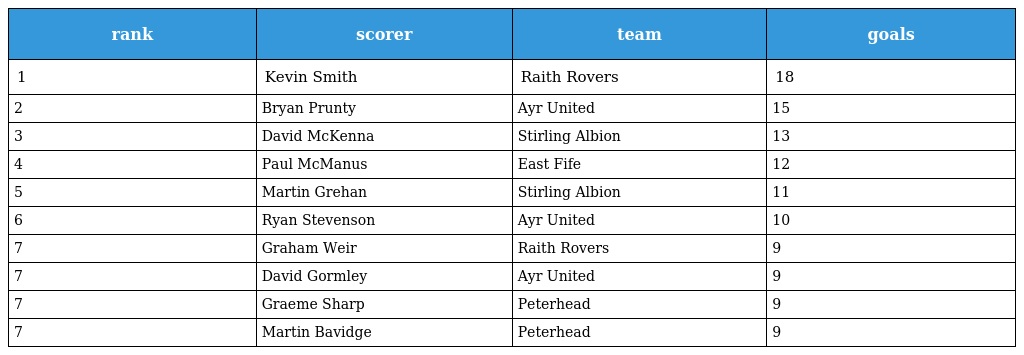
| rank | scorer | team | goals |
 | --- | --- | --- | --- |
 | 1 | Kevin Smith | Raith Rovers | 18 |
 | 2 | Bryan Prunty | Ayr United | 15 |
 | 3 | David McKenna | Stirling Albion | 13 |
 | 4 | Paul McManus | East Fife | 12 |
 | 5 | Martin Grehan | Stirling Albion | 11 |
 | 6 | Ryan Stevenson | Ayr United | 10 |
 | 7 | Graham Weir | Raith Rovers | 9 |
 | 7 | David Gormley | Ayr United | 9 |
 | 7 | Graeme Sharp | Peterhead | 9 |
 | 7 | Martin Bavidge | Peterhead | 9 |